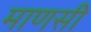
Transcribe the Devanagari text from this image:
माणसी